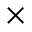
\times